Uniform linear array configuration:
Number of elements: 4
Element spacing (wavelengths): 0.25
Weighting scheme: hamming
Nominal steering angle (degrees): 60
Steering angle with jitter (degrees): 60.214
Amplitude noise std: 0.05
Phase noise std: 0.05

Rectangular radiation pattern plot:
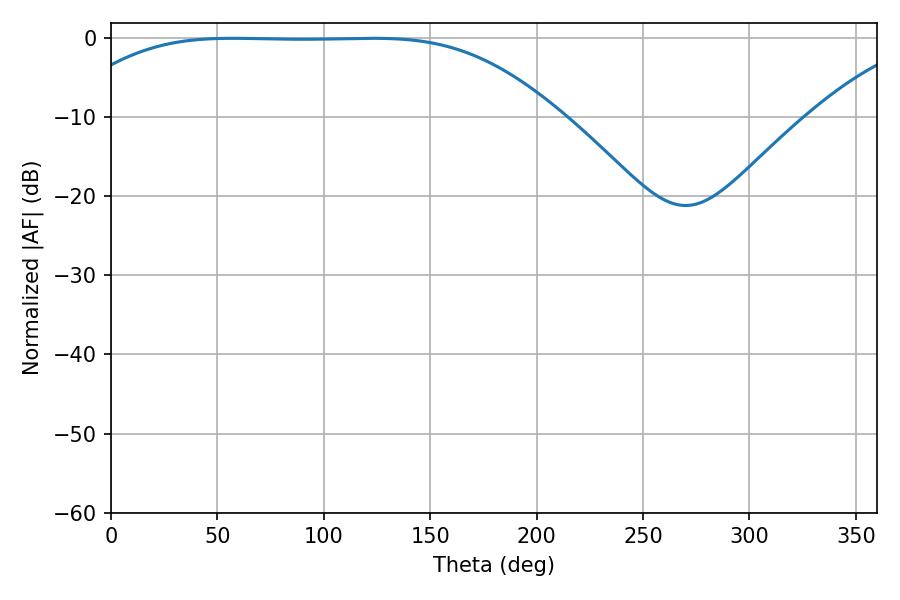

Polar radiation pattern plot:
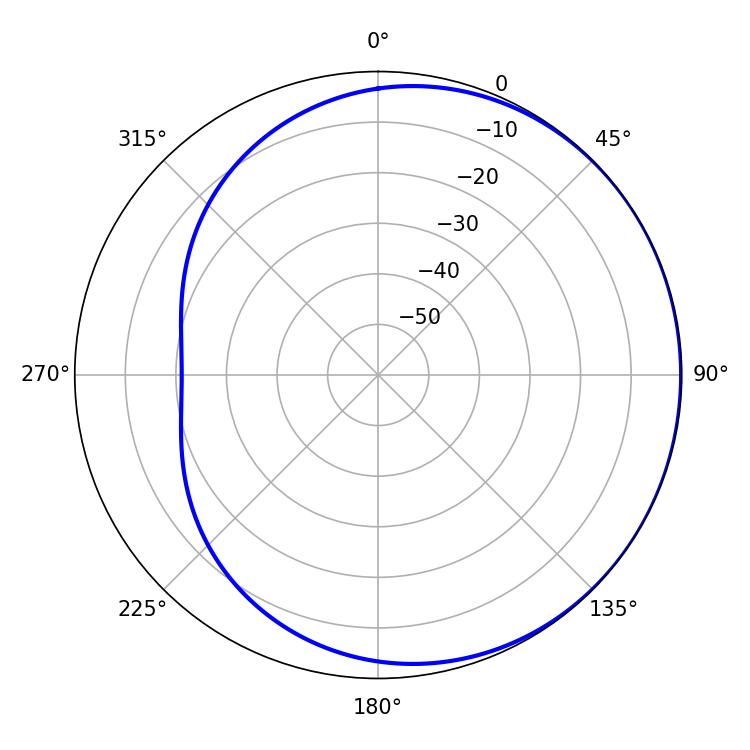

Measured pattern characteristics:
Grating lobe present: FALSE
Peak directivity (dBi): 0.4965
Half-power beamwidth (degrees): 174.6
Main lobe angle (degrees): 57.24